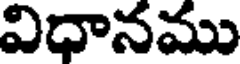
విధానము